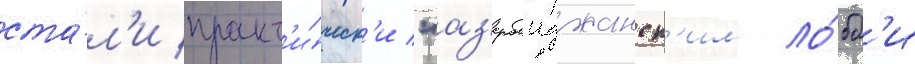
ста́л'и практ'и́ческ'и "аз'ербаиджанск'им ло́бб'и